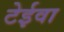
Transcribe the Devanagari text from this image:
टेईवा